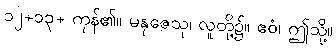
၁၂+၁၃+ ကုန်၏။ မနုဇေသု၊ လူတို့၌။ ဧဝံ၊ ဤသို့။